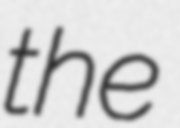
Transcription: the